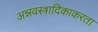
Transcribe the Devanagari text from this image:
अन्नवस्त्रादिकाकरता